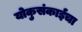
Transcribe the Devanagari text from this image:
योकुसंकाईचा